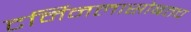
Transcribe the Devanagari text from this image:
टर्मिनलासोबतच